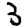
Digit: 3